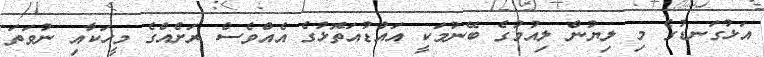
އަޅުގަނޑުގެ މި ލިޔުން ލިއުމުގެ ބޭނުމަކީ އައްޑުއަތޮޅުގެ އެއްވެސް ރަށެއްގެ މީހަކާއި ނުވަތަ